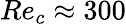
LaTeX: Re_{c}\approx 300